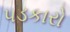
પડકારો